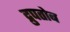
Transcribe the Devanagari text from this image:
द्रुपतोब